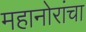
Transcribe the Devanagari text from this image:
महानोरांचा